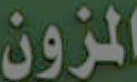
المزون